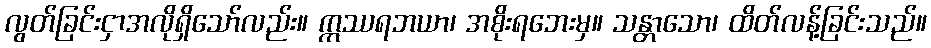
လွတ်ခြင်းငှာအလိုရှိသော်လည်း။ ဣဿရဘယာ၊ အစိုးရဘေးမှ။ သန္တာသော၊ ထိတ်လန့်ခြင်းသည်။